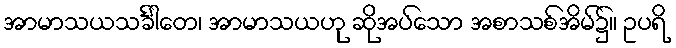
အာမာသယသင်္ခါတေ၊ အာမာသယဟု ဆိုအပ်သော အစာသစ်အိမ်၌။ ဥပရိ